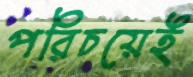
পরিচয়েই